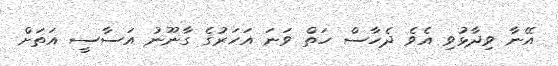
އޭނާ ވިދާޅުވި އެވެ ދެހާސް ހަތް ވަނަ އަހަރުގެ ގާނޫނު އަސާސީ އަތަށް